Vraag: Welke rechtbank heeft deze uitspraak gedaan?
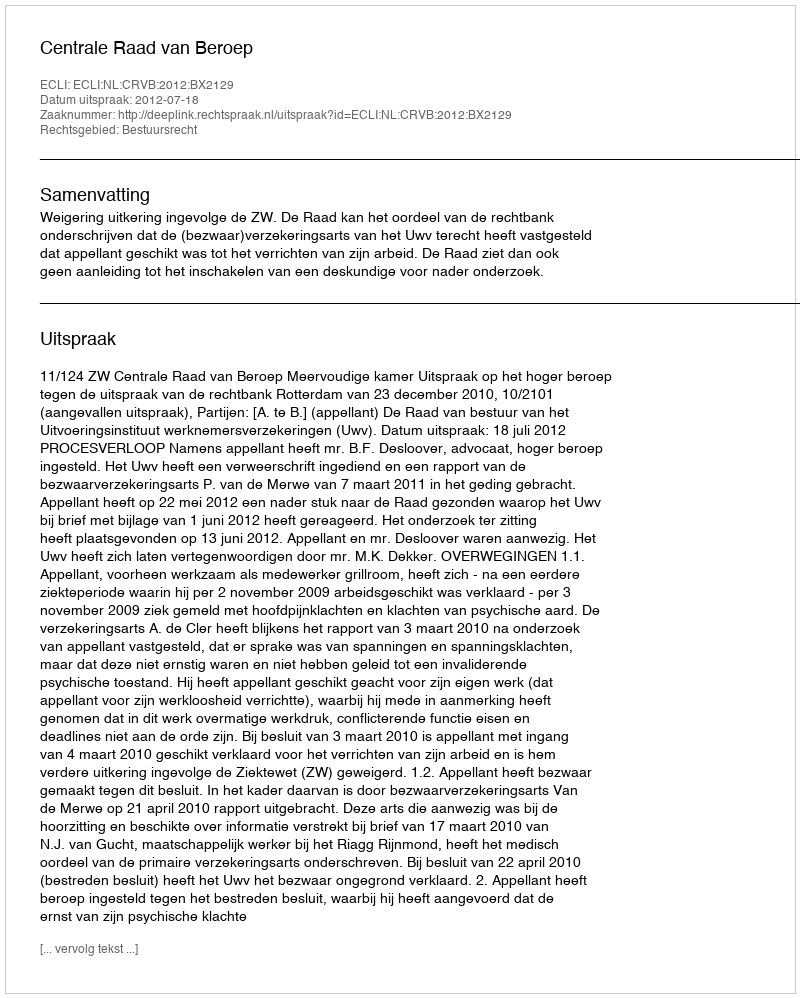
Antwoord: Centrale Raad van Beroep